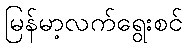
မြန်မာ့လက်ရွေးစင်